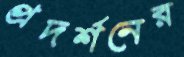
প্রদর্শনের